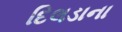
દિલડાના